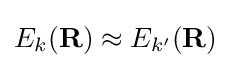
E_{k}(\mathbf {R} )\approx E_{k'}(\mathbf {R} )